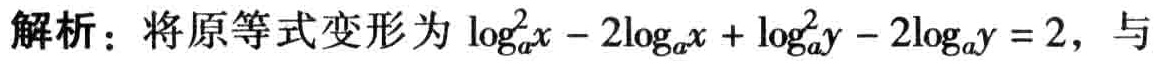
解析：将原等式变形为\(\log_{a}^{2}x - 2\log_{a}x + \log_{a}^{2}y - 2\log_{a}y = 2\)，与